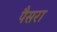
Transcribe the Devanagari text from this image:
पैसरा